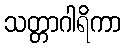
သတ္တာဂါရိကာ